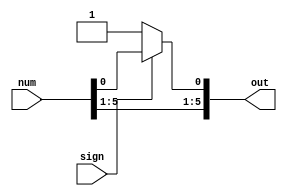
module increaseQ(input [5:0] num, input sign, output reg [5:0] out);

	assign out = sign ? num : {num[5:1], 1'b1};

endmodule